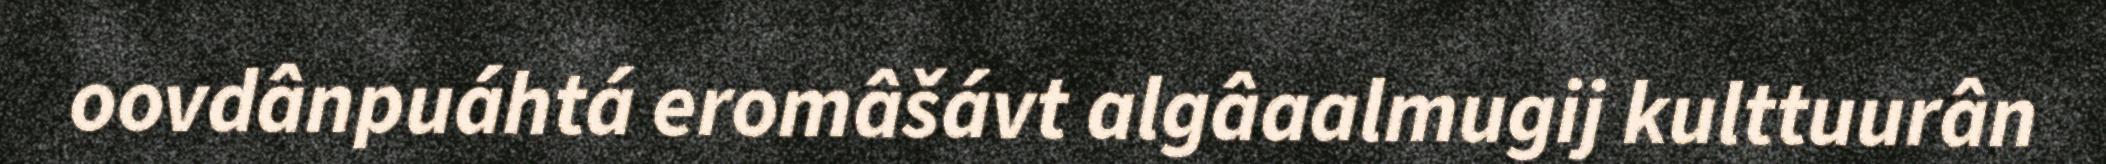
oovdânpuáhtá eromâšávt algâaalmugij kulttuurân